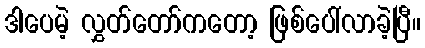
ဒါပေမဲ့ လွှတ်တော်ကတော့ ဖြစ်ပေါ်လာခဲ့ပြီ။